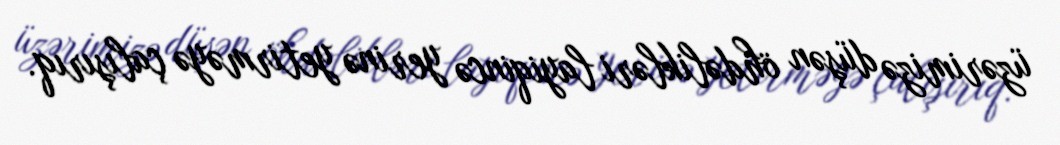
üzərimizə düşən öhdəlikləri layiqincə yerinə yetirməyə çalışırıq.